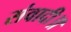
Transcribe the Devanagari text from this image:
संवादी॥